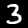
Label: 3